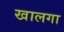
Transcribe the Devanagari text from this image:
खालगा